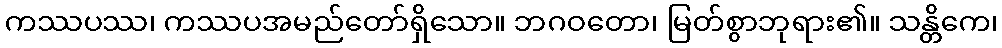
ကဿပဿ၊ ကဿပအမည်တော်ရှိသော။ ဘဂဝတော၊ မြတ်စွာဘုရား၏။ သန္တိကေ၊